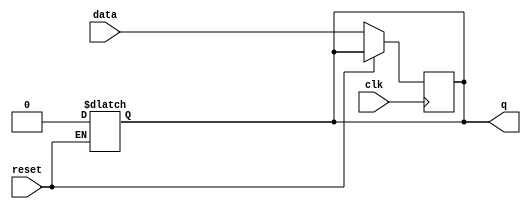
module async_reset_ff (
    input wire reset,          // Asynchronous reset input (active-high)
    input wire clk,           // Clock input
    input wire data,          // Data input
    output reg q              // Output state
);

// Asynchronous reset behavior
always @(*) begin
    if (reset) begin
        q = 1'b0;            // Reset output to 0
    end
end

// Synchronous behavior on the clock edge
always @(posedge clk) begin
    if (!reset) begin
        q <= data;           // Update output with data on rising edge of clock if not reset
    end
end

endmodule